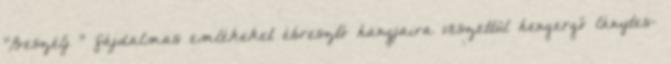
"Beszélj " fájdalmas emlékeket ébresztő hangjaira veszettül hengergő lánytes-